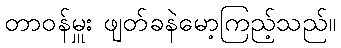
တာဝန်မှူး ဖျတ်ခနဲမော့ကြည့်သည်။